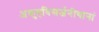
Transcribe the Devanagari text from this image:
अकुहविसर्जनीयानां